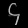
Digit: ၄